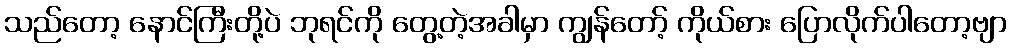
သည်တော့ နောင်ကြီးတို့ပဲ ဘုရင်ကို တွေ့တဲ့အခါမှာ ကျွန်တော့် ကိုယ်စား ပြောလိုက်ပါတော့ဗျာ